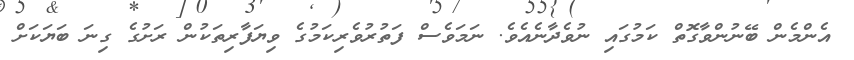
އެންމެން ބޭނުންވާގޮތް ކަމުގައި ނުވެދާނެއެވެ. ނަމަވެސް ފަތުރުވެރިކަމުގެ ވިޔަފާރިތަކުން ރަށުގެ ގިނަ ބަޔަކަށް